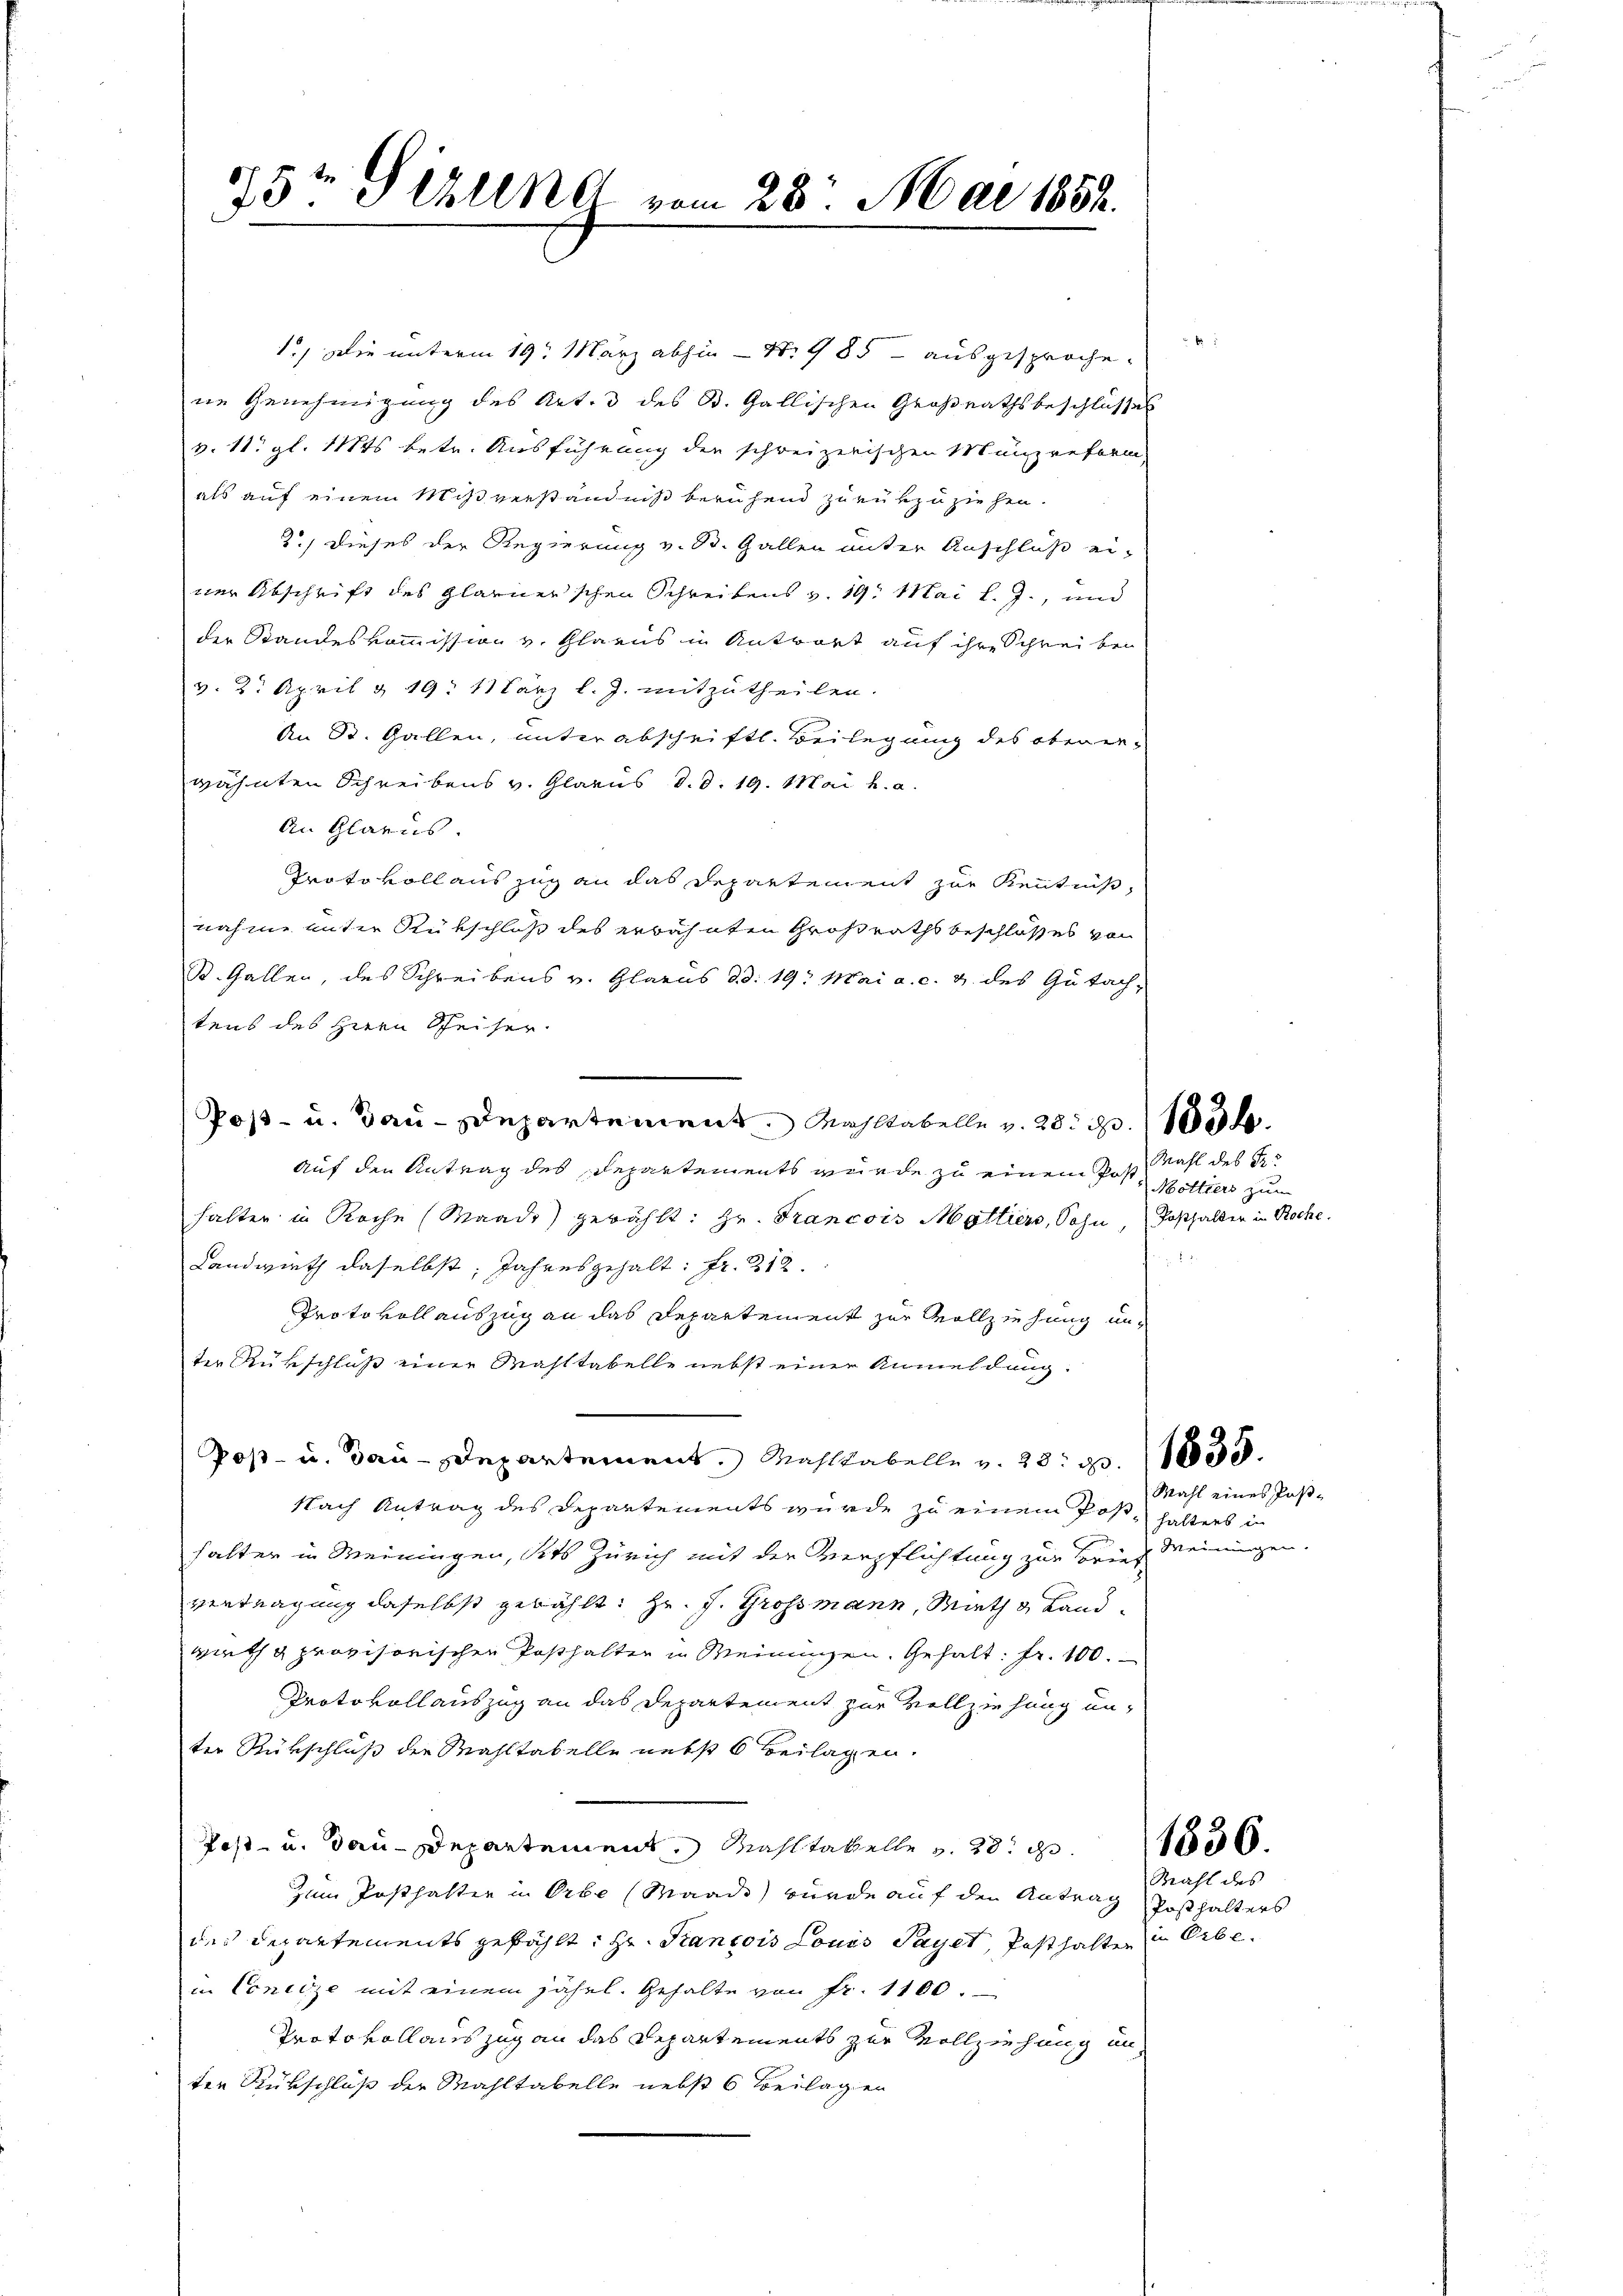
1.) Die unterm 19. März abhin – N. 785 ausgesprochene Genehmigung des Art. 3 des B. Gallischen Großrathsbeschlusses
v. 11. gl. Mts betr. Ausführung der schweizerischen Münzreform,
als auf einem Mißverständniß beruhend zurükzuziehen.
2) Dieses der Regierung v. B. Gallen unter Anschluß einer Abschrift des Glarner'schen Schreibens v. 19. Mai l. J., und
der Standeskommission v. Glarus in Antwort auf ihre Schreiben
v. 2. April & 19. März l. J. mitzutheilen.
An St. Gallen, unter abschriftl. Beilegung des obener-
wähnten Schreibens v. Glarus d. d. 19. Mai h. a.
An Glarus
Protokoll auszug an das Departement zur Kenntniß,
nahme unter Rückschloß des erwähnten Großrathsbeschlosses von
St. Gallen, des Schreibens v. Glarus d.d. 19. Mai a. c. 4 des Gutach-
tens des Herrn Speiser.
Post- u. Bau-Departement, Mahltabelle v. 28. d. 15.
auf den Antrag des Departements wurde zu einem Post, Mottiers zum
halten in Roche (Waadt) gewählt: Hr. Francois Mattiers, Sohn, Posthalten in Roche
Landwirth daselbst, Jahresgehalt: Fr. 312.
Protokollauszug an das Departement zur Vollziehung un-
ter Rükschluß einer Wahltabelle nebst einer Anmeldung:
Post- u. Bau-Departement, Mahlkabelle v. 28. 13.
Nach Antrag des Departements wurde zu einem Post, halters in
halter in Meiningen, sies Zürich mit der Verpflichtung zur Sores Meinungen.
vertragung daselbst gewählt: Hr. J. Grossmann, Mathe Landwirth provisorischen Posthalter in Meinungen. Gehalt: Fr. 100.
Protokollauszug an das Departement zur Vollziehung unter Rükschluß der Wahltabelle nebst 6 Beilagen.
Post- u. dau-Departement, Mahltabelle v. 28.
zum Posthalter in Orbe (Waadt wurde auf den Antrag
des Departements gefählt: Hr. Krancois Louis Payer, Pesthalter
in Concize mit einem jährl. Gehalte von fr. 1100.
Protokollauszug an das Departements zur Vollziehung un
ten Rükschluß der Mahltabelle nebst 6 Beilagen

75t Sellner vom 28. Mai 1852.

Mahl des Kr

Mahl eines Pas¬

Wahl des

Posthalters
in Erbe.

r
.